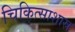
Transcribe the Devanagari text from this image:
चिकित्साशास्र